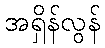
အရှိန်လွန်